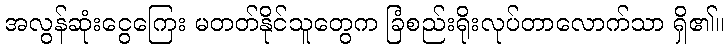
အလွန်ဆုံးငွေကြေး မတတ်နိုင်သူတွေက ခြံစည်းရိုးလုပ်တာလောက်သာ ရှိ၏။